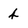
Character: 4